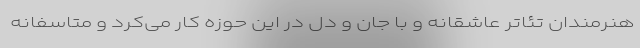
هنرمندان تئاتر عاشقانه و با جان و دل در این حوزه کار می‌کرد و متاسفانه